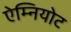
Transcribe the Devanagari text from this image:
ऐम्नियोट